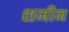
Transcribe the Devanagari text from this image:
शमीन